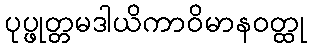
ပုပ္ဖုတ္တမဒါယိကာဝိမာနဝတ္ထု